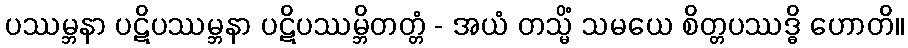
ပဿမ္ဘနာ ပဋိပဿမ္ဘနာ ပဋိပဿမ္ဘိတတ္တံ - အယံ တသ္မိံ သမယေ စိတ္တပဿဒ္ဓိ ဟောတိ။